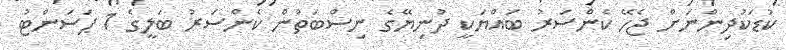
ކުޑަކުދިންނަށް ޖެހޭ ކެންސަރު ބައްޔަކީ ދުނިޔޭގެ ނިސްބަތުން ކެންސަރު ބަލީގެ 1 ޕަސަންޓު